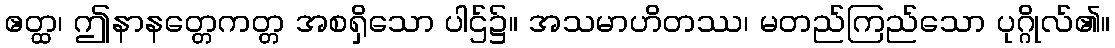
ဧတ္ထ၊ ဤနာနတ္တေကတ္တ အစရှိသော ပါဌ်၌။ အသမာဟိတဿ၊ မတည်ကြည်သော ပုဂ္ဂိုလ်၏။